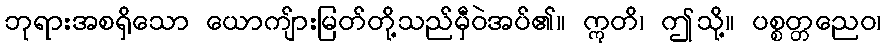
ဘုရားအစရှိသော ယောကျ်ားမြတ်တို့သည်မှီဝဲအပ်၏။ ဣတိ၊ ဤသို့။ ပစ္စတ္တညေဝ၊